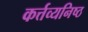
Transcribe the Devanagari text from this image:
कर्त्तव्यनिष्ठ